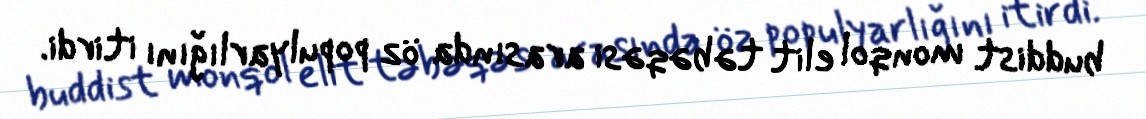
buddist monqol elit təbəqəsi arasında öz populyarlığını itirdi.